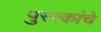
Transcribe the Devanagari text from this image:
पुस्त्कांचे